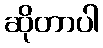
ဆိုတာပါ